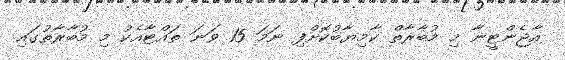
އާޖެންޓީނާ މި މުބާރާތް ކާމިޔާބުކޮށްފި ނަަމަ 15 ވަނަ ތައްޓާއެކު މި މުބާރާތުގައި